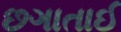
છગાતાઈ